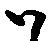
ハ